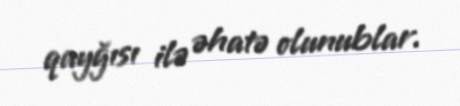
qayğısı ilə əhatə olunublar.